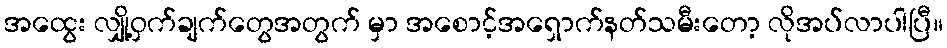
အထွေး လျှို့ဝှက်ချက်တွေအတွက် မှာ အစောင့်အရှောက်နတ်သမီးတော့ လိုအပ်လာပါပြီ။